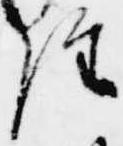
経